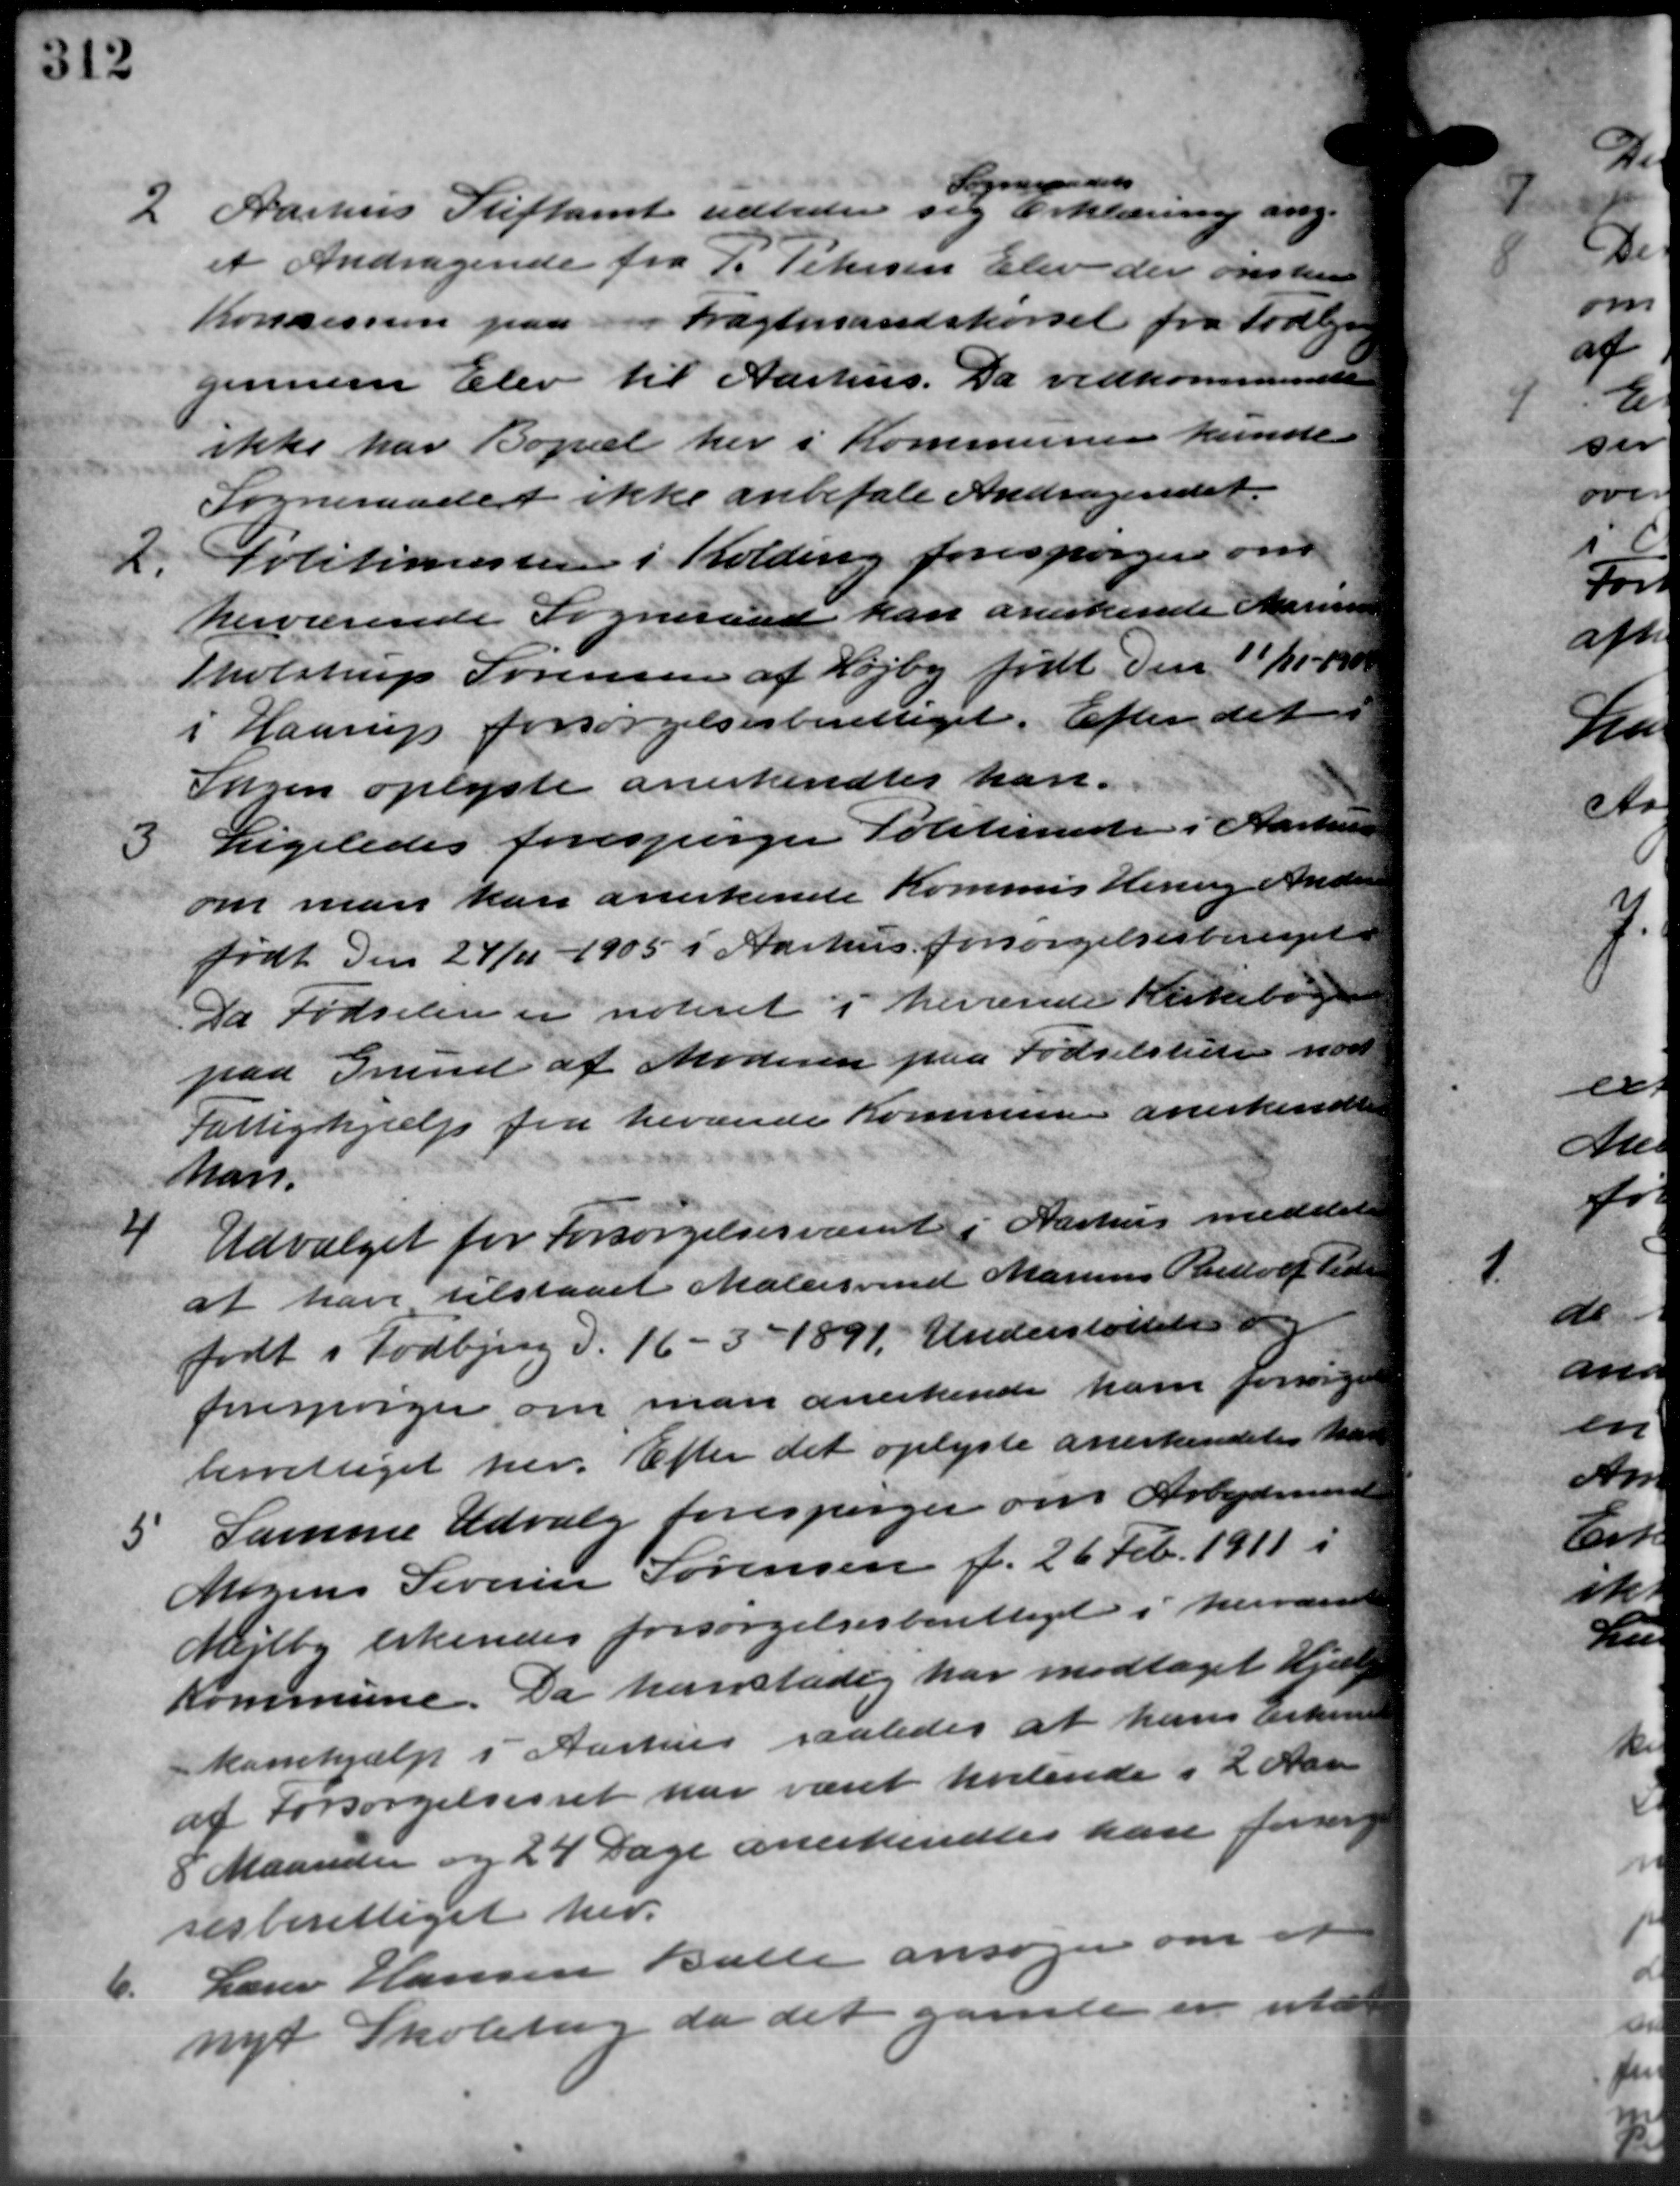
Transskription:
2
Aarhus Stiftamt udbeder sig Erklæring ang.
S d
et Andragende fra P. Petersen Elev der ønsker
Konsesse paa Fragtmandskørsel fra Todbjerg
gennem Elev til Aarhus. Da vedkommendels
ikke har Bopæl her i Kommunen kunde
Sogneraadet ikke anbefale Andragendet.
2.
Politimesteren i Kolding forespørger om
herværende Sogneraad kan anerkende Marius
Tholstrup Sørensen af Højby født den 11/11 – 1908
i Haarup forsørgelsesberettiget. Efter det
Sagen oplyste anerkendtes han
3
Ligeledes forespørger Politimester i Aarhus
om man kan anerkende Kommis Henry Andersen
født den 24/11 - 1905 i Aarhus forsørgelsesberenget
Da Fødselen er noteret i herinde Kirkebogen
paa Grund af Moderen paa Fødselstede mod
Fattighjælp fra hervede Kommunen anerkende
Man.
4
Udvalget for Forsørgelsesvæsent i Aarhus meddeler
at have tilstaaet Malersvend Marius Rudolf Tide
født i Todbjerg d. 16 – 3 – 1891. Understøttelse og
forespørger om man anerkende ham forsørge
berettiget her. Efter det oplyste anerkendelse har
5 Samme Udvalg forespørger om Arbejdsmand
5 Samme Udvalg forespørger om Arbejdsmand
Mogens Severien Sørensen f. 26 Feb. 1911 i
Mejlby erkendes forsørgelsesberettiget i herværen
Kommune. Da hanstadig har modtaget Hjelp
kassehjælp i Aarhus saaledes at hans Erhvervss
af Forsørgelsesret har været hvilende i 2 Aar
8 Maaneder og 24 Dage anerkendtes kan forsørge
sesberettiget her.
6.
Lærer Hansen Balle ansøger om at
nyt Skolebog da det gamle en ita